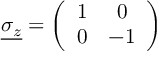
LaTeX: \underline { { { \sigma _ { z } } } } = \left( \begin{array} { c c } { { 1 } } & { { 0 } } \\ { { 0 } } & { { - 1 } } \end{array} \right)